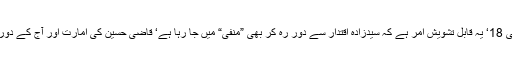
منور حسن منفی 18‘ یہ قابل تشویش امر ہے کہ سیدزادہ اقتدار سے دور رہ کر بھی ”منفی“ میں جا رہا ہے‘ قاضی حسین کی امارت اور آج کے دور میں فرق ہے۔